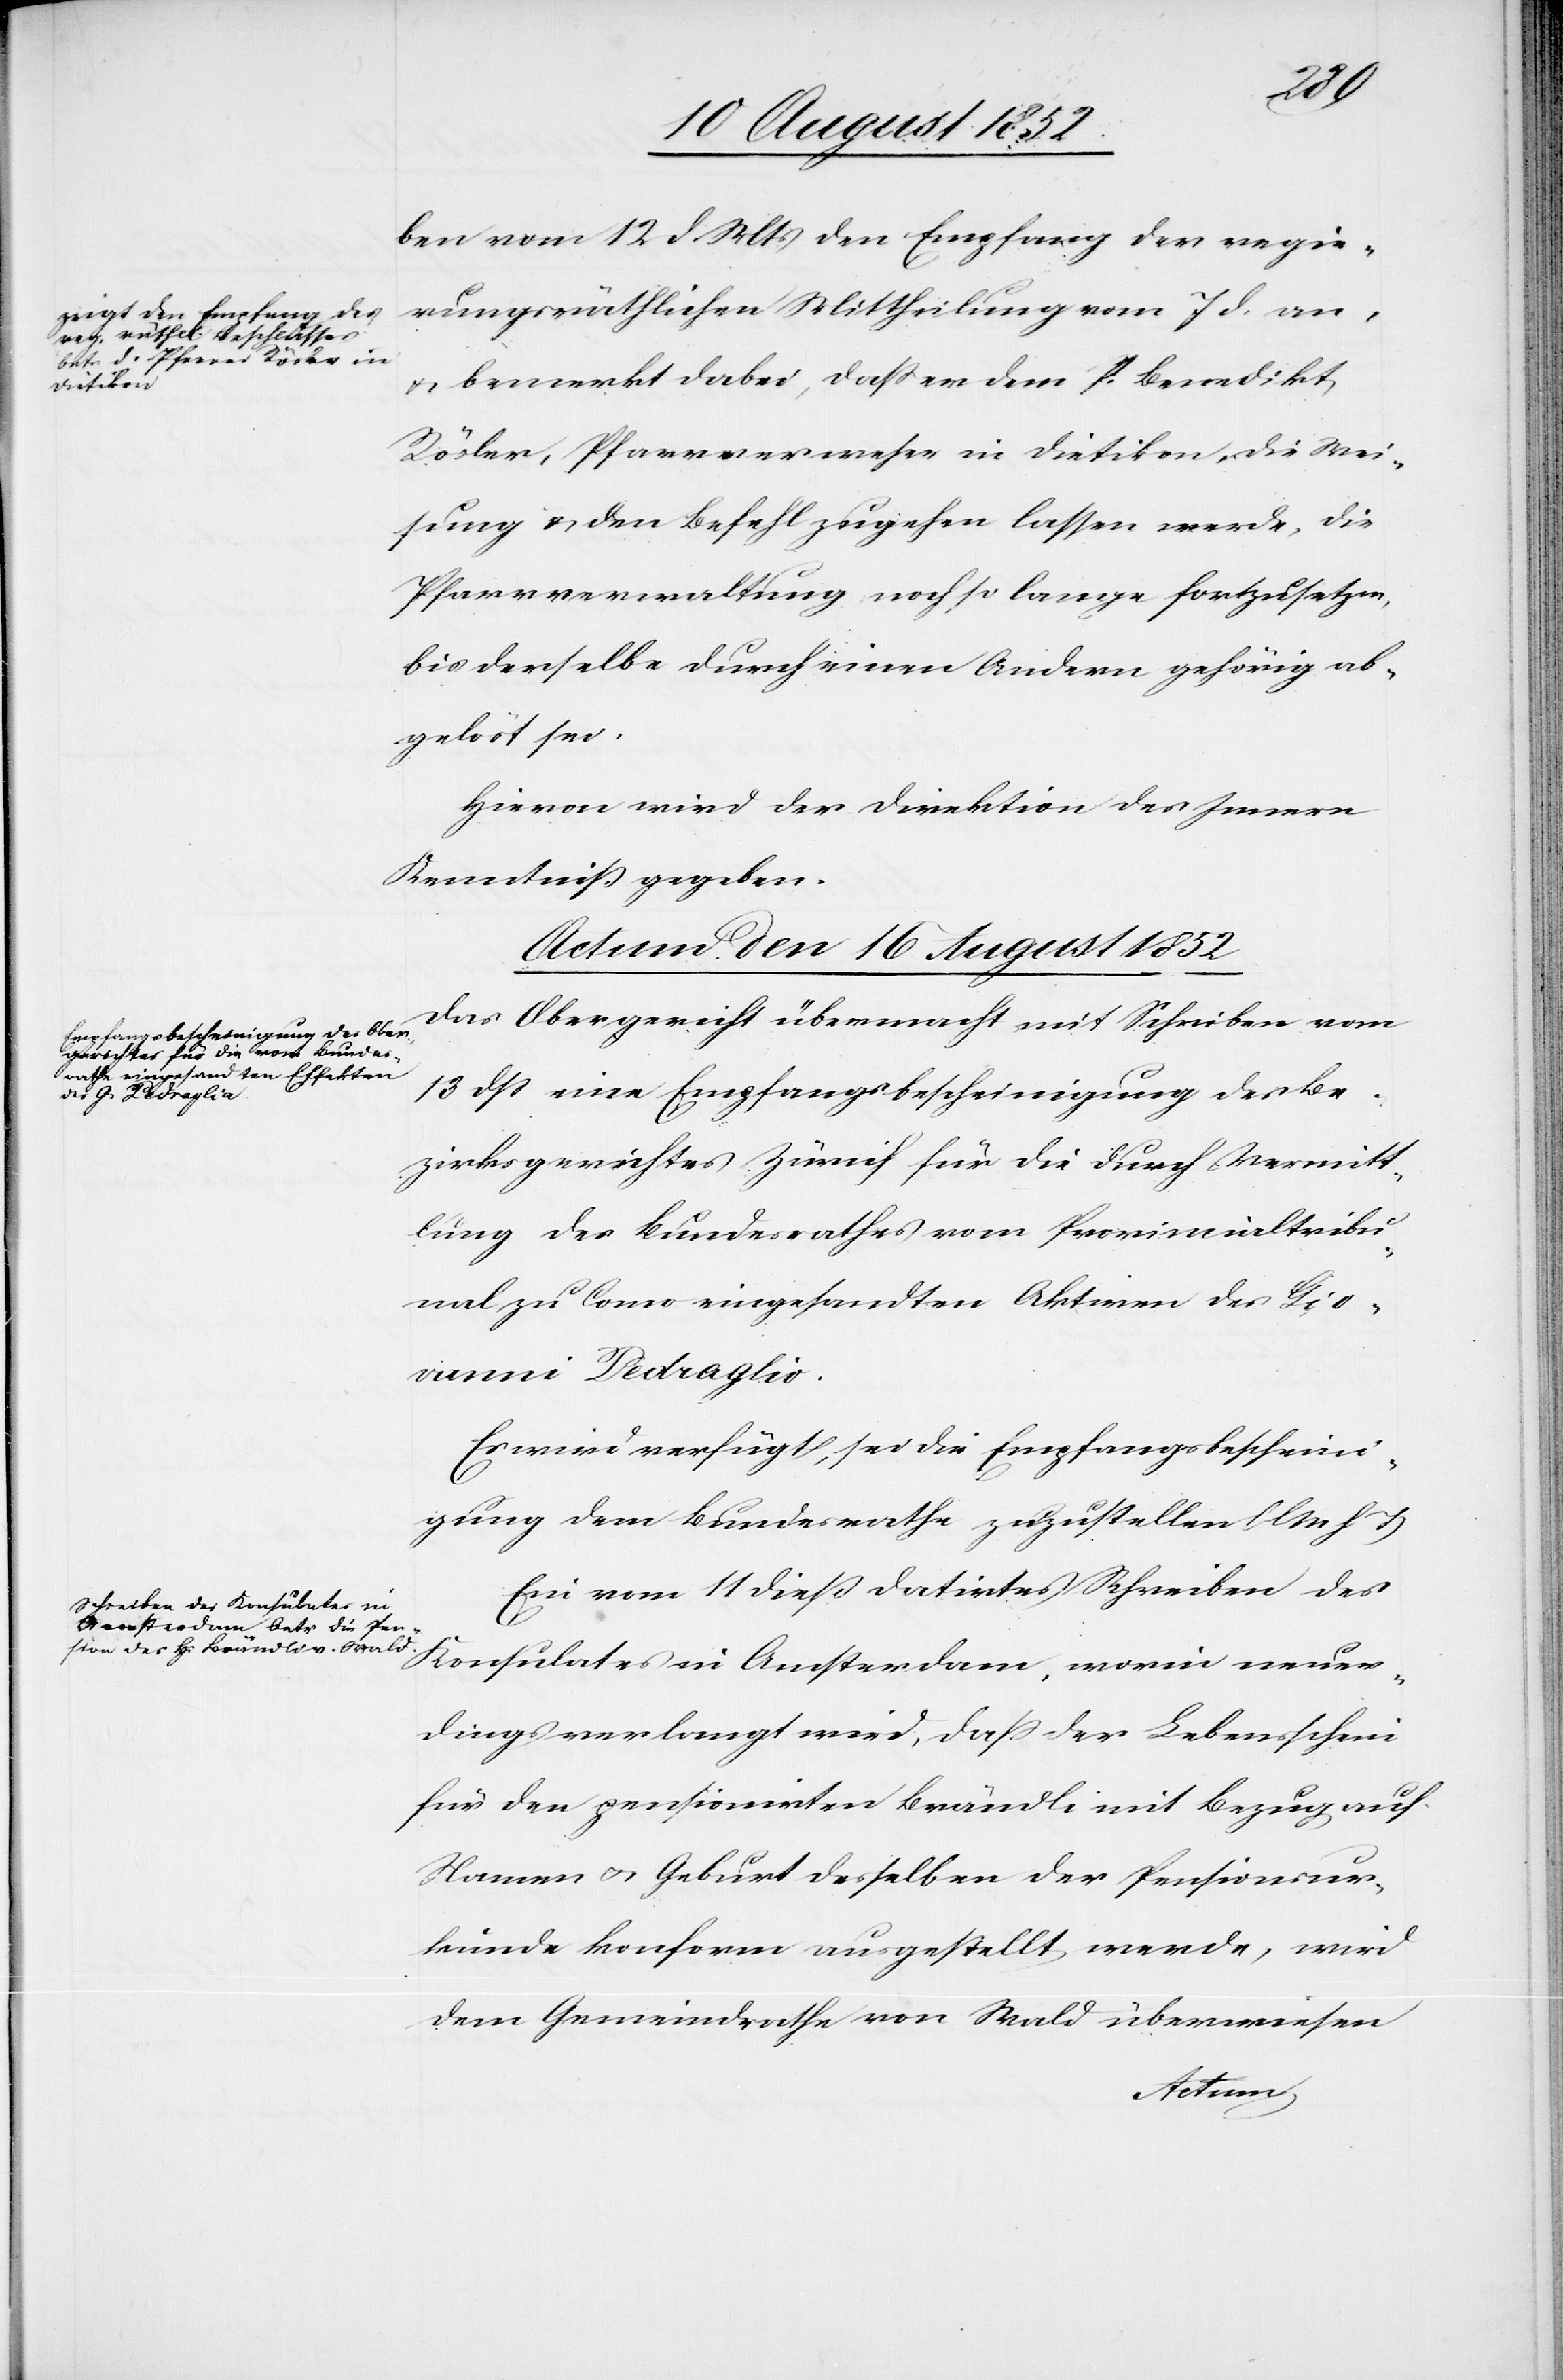
den
16 August 1852]
ben vom 12 d. Mts den Empfang der regie¬
rungsräthlichen Mittheilung vom 7 d. an,
& bemerkt dabei, dass er dem P. Benedikt
Rösler, Pfarrverweser in Dietikon, die Wei¬
sung & den Befehl zugehen lassen werde, die
Pfarrverwaltung noch so lange fortzusetzen,
bis derselbe durch einen Andern gehörig ab¬
gelöst sei.
Hievon wird der Direktion des Innern
Kenntniß gegeben.
Actum den 16 August 1852
Das Obergericht übermacht mit Schreiben vom
13 dss eine Empfangsbescheinigung des Be¬
zirksgerichtes Zürich für die durch Vermitt¬
lung des Bundesrathes vom Provincialtribu¬
nal zu Como eingesandten Aktiven des Giov¬
anni Pedraglio.
Es wird verfügt, sei die Empfangsbescheini¬
gung dem Bundesrathe zuzustellen (l M h T)[.]
Ein vom 11 dieß datirtes Schreiben des
Konsulates in Amsterdam, worin neuer¬
dings verlangt wird, dass der Lebensschein
für den pensionirten Brändli mit Bezug auf
Namen & Geburt desselben der Pensionsur¬
kunde konform ausgestellt werde, wird
dem Gemeindrathe von Wald überwiesen[.]
Actum